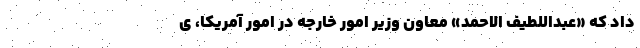
داد که «عبداللطیف الاحمد» معاون وزیر امور خارجه در امور آمریکا، ی